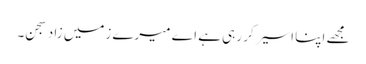
مجھے اپنا اسیر کر رہی ہے اے میرے زمیں زاد سجن۔